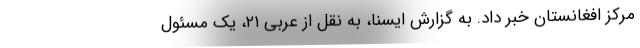
مرکز افغانستان خبر داد. به گزارش ایسنا، به نقل از عربی ۲۱، یک مسئول